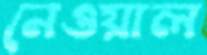
নেওয়াল